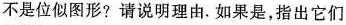
不是位似图形? 请说明理由。如果是，指出它们